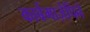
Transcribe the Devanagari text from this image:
कार्बमाज़ेपिने